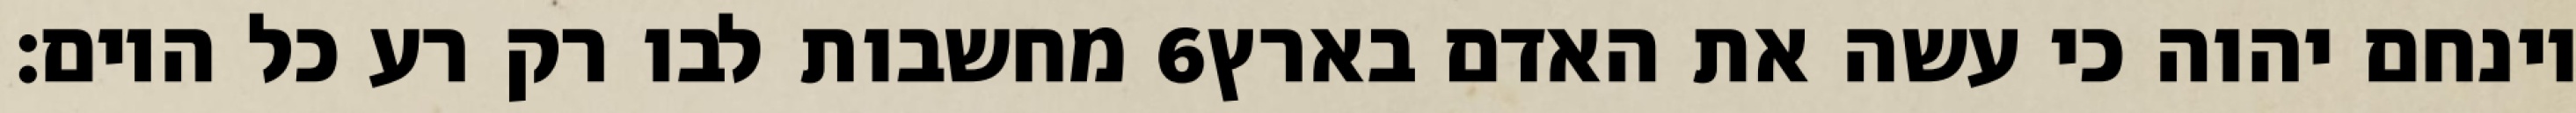
מחשבות לבו רק רע כל היום׃ ‎6‏ וינחם יהוה כי עשה את האדם בארץ